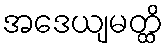
အဒေယျမတ္ထိ